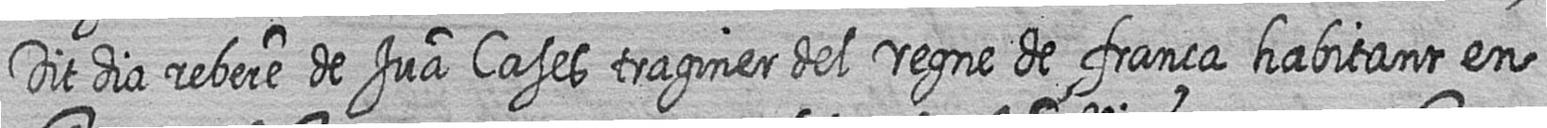
Dit dia rebere de Jua Cases traginer del regne de frança habitant en